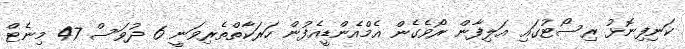
ކަނިފިނޮޅު ރިސޯޓުގައި އަލިފާން ރޯވެގެން އެމްއެންޑީއެފުން ހަރަކާތްތެރިވަނީ 6 ދުވަސް 47 މިނެޓް